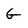
Character: G